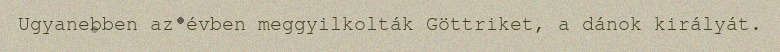
Ugyanebben az évben meggyilkolták Göttriket, a dánok királyát.